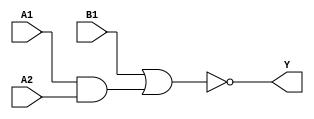
module sky130_fd_sc_hd__a21oi (
    Y ,
    A1,
    A2,
    B1
);

    // Module ports
    output Y ;
    input  A1;
    input  A2;
    input  B1;

    // Local signals
    wire and0_out  ;
    wire nor0_out_Y;

    //  Name  Output      Other arguments
    and and0 (and0_out  , A1, A2         );
    nor nor0 (nor0_out_Y, B1, and0_out   );
    buf buf0 (Y         , nor0_out_Y     );

endmodule